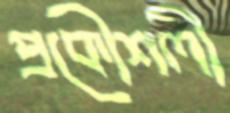
প্রকৌশলী